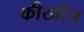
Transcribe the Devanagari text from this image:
कीखोज